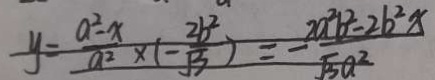
y = \frac { a ^ { 2 } - x } { a ^ { 2 } } \times ( - \frac { 2 b ^ { 2 } } { \sqrt { 3 } } ) = - \frac { 2 a ^ { 2 } b ^ { 2 } - 2 b ^ { 2 } x } { \sqrt { 3 } }